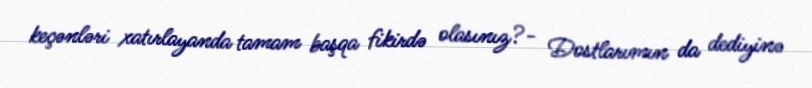
keçənləri xatırlayanda tamam başqa fikirdə olasınız?- Dostlarımın da dediyinə